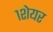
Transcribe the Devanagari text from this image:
१शेयर